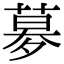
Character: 𡖶